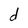
Character: d